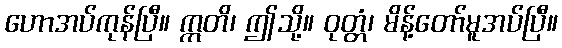
ဟောအပ်ကုန်ပြီ။ ဣတိ၊ ဤသို့။ ဝုတ္တံ၊ မိန့်တော်မူအပ်ပြီ။